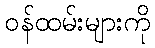
ဝန်ထမ်းများကို